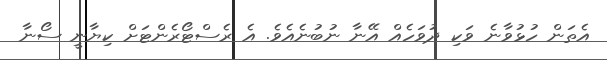
އެތަން ހުޅުވާނެ ވަކި ދުވަހެއް އޭނާ ނުބުނެއެވެ. އެ ރެސްޓޯރެންޓަށް ކިޔާނީ ސޯނާ